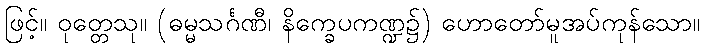
ဖြင့်။ ဝုတ္တေသု။ (ဓမ္မသင်္ဂဏီ၊ နိက္ခေပကဏ္ဍ၌) ဟောတော်မူအပ်ကုန်သော။